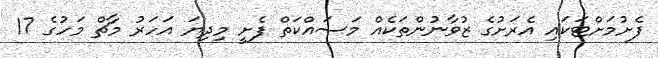
ފެށުމަށްޓަކައި އެރަށުގެ ޒުވާނުންތަކެއް މަސައްކަތް ފެށީ މިދިޔަ އަހަރު މާޗް މަހުގެ 17